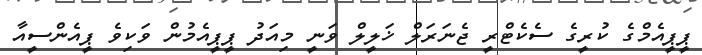
ޕީޕީއެމްގެ ކުރީގެ ސެކެޓްރީ ޖެނަރަލް ޚަލީލް ވަނީ މިއަދު ޕީޕީއެމުން ވަކިވެ ޕީއެންސީއާ